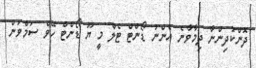
ދޮންކުދިންނާ ދިމާވާނެ އެންނު ޑޯންޓް ޓެލް މީ ޔޫ ޑޯންޓް ހޭވް ސަމްވަން